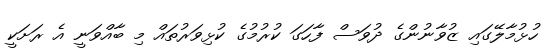
ހުޅުމާލޭގައި ޒުވާނުންގެ ދުވަސް ފާހަގަ ކުރުމުގެ ކުޅިވަރުތައް މި ބާއްވަނީ އެ ރަށަކީ